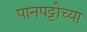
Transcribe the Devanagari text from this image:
पानपट्टीच्या